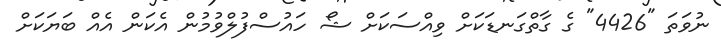
ނުވަތަ "4426" ގެ ގާތްގަނޑަކަށް ވިއްސަކަށް ޝޯ ހައުސްފުލްވުމުން އެކަން އެއް ބަޔަކަށް